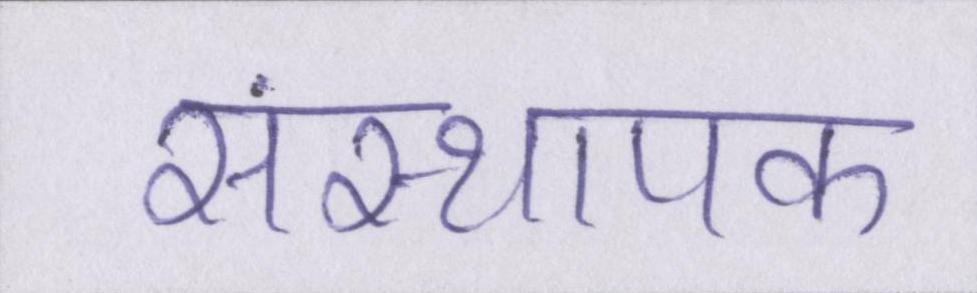
संस्थापक